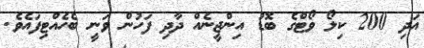
އަދި 200 ކިލޯ ވޯޓްގެ ބޮޑު އިންޖީނެއް ދާދި ފަހުން ވަނީ ބެހެއްޓިފައެވެ.